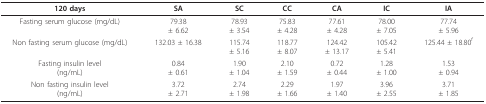
<table><thead><tr><td><b>120 days</b></td><td><b>SA</b></td><td><b>SC</b></td><td><b>CC</b></td><td><b>CA</b></td><td><b>IC</b></td><td><b>IA</b></td></tr></thead><tbody><tr><td>Fasting serum glucose (mg/dL)</td><td>79.38± 6.62</td><td>78.93± 3.54</td><td>75.83± 4.28</td><td>77.61± 4.28</td><td>78.00± 7.05</td><td>77.74± 5.96</td></tr><tr><td>Non fasting serum glucose (mg/dL)</td><td>132.03 ± 16.38</td><td>115.74± 5.16</td><td>118.77± 8.07</td><td>124.42± 13.17</td><td>105.42± 5.41</td><td>125.44 ± 18.80<sup>f</sup></td></tr><tr><td>Fasting insulin level(ng/mL)</td><td>0.84± 0.61</td><td>1.90± 1.04</td><td>2.10± 1.59</td><td>0.72± 0.44</td><td>1.28± 1.00</td><td>1.53± 0.94</td></tr><tr><td>Non fasting insulin level(ng/mL)</td><td>3.72± 2.71</td><td>2.74± 1.98</td><td>2.29± 1.66</td><td>1.97± 1.40</td><td>3.96± 2.55</td><td>3.71± 1.85</td></tr></tbody></table>